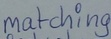
Text: matching